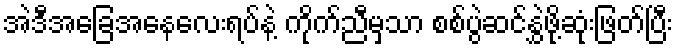
အဲဒီအခြေအနေလေးရပ်နဲ့ ကိုက်ညီမှသာ စစ်ပွဲဆင်နွှဲဖို့ဆုံးဖြတ်ပြီး